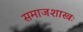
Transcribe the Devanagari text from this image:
समाजशास्त्रः